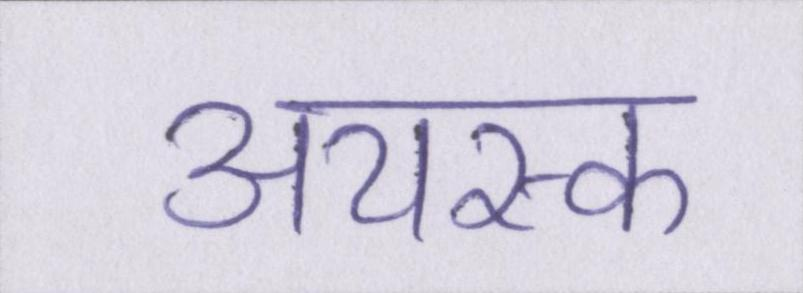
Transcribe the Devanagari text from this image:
अयस्क